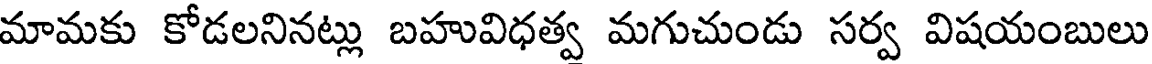
మామకు కోడలనినట్లు బహువిధత్వ మగుచుండు సర్వ విషయంబులు